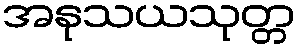
အနုသယသုတ္တ